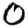
Digit: 0